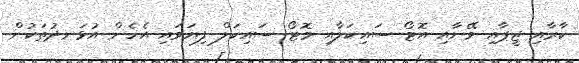
ކާރާއި ޖީޕާއި ވޭނާއި އޮޓޯ ސައިކަލާއި މޮޓޯ ސައިކަލް ފިޔަވައި އެހެން އުޅަނދުތަކުން